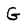
Character: G